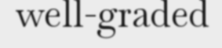
well-graded